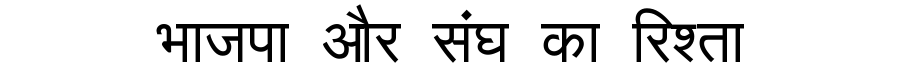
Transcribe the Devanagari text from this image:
भाजपा और संघ का रिश्ता